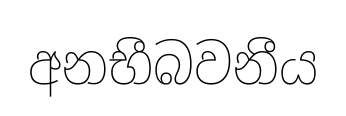
අනභීබවනීය